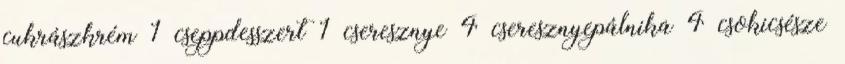
cukrászkrém 1 cseppdesszert 1 cseresznye 4 cseresznyepálnika 4 csokicsésze